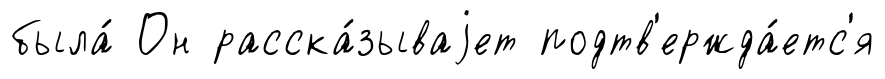
была́ Он расска́зываjет подтв'ержда́етс'я